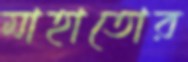
মাহাতোর